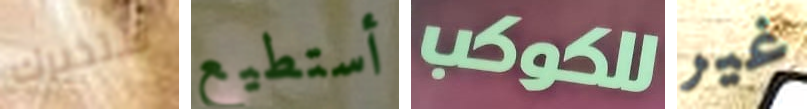
ستخبرك أستطيع للكوكب غير